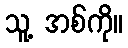
သူ့ အစ်ကို။